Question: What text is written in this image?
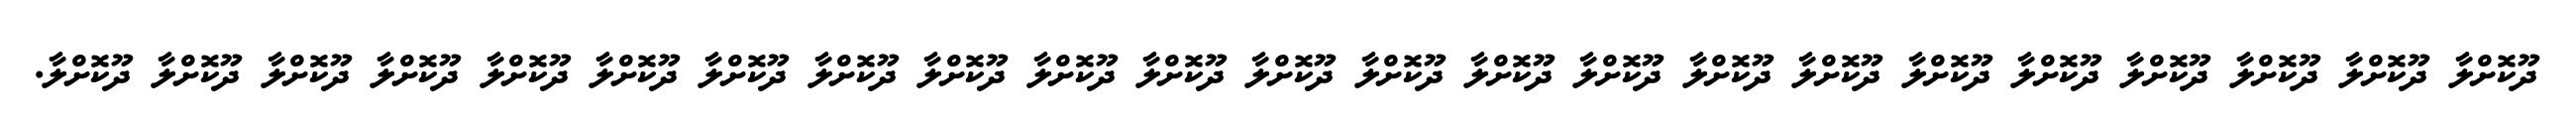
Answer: ދޫކޮށްލާ ދޫކޮށްލާ ދޫކޮށްލާ ދޫކޮށްލާ ދޫކޮށްލާ ދޫކޮށްލާ ދޫކޮށްލާ ދޫކޮށްލާ ދޫކޮށްލާ ދޫކޮށްލާ ދޫކޮށްލާ ދޫކޮށްލާ ދޫކޮށްލާ ދޫކޮށްލާ ދޫކޮށްލާ ދޫކޮށްލާ ދޫކޮށްލާ ދޫކޮށްލާ ދޫކޮށްލާ ދޫކޮށްލާ ދޫކޮށްލާ ދޫކޮށްލާ ދޫކޮށްލާ.